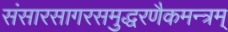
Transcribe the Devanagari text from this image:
संसारसागरसमुद्धरणैकमन्त्रम्